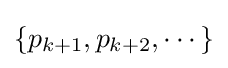
\{p_{k+1},p_{k+2},\cdots \}